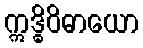
ဣဒ္ဓိဝိဓာယော